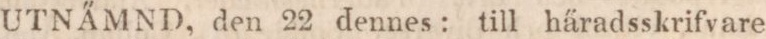
UTNÄMND, den 22 dennes: till häradsskrifvare